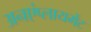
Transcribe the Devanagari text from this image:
अनएंप्लायमेंट